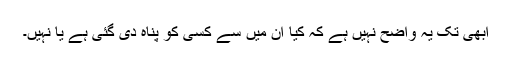
ابھی تک یہ واضح نہیں ہے کہ کیا ان میں سے کسی کو پناہ دی گئی ہے یا نہیں۔